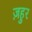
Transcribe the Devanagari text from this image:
ज़हुर